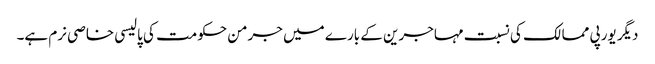
دیگر یورپی ممالک کی نسبت مہاجرین کے بارے میں جرمن حکومت کی پالیسی خاصی نرم ہے۔